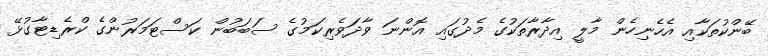
ބޭންކުތަކާއި އެހެނިހެން މާލީ އިދާރާތަކުގެ މެދުގައި އޮންނަ ވާދަވެރިކަމުގެ ސަބަބުން ކަސްޓަމަރުންގެ ކްރެޑިޓާގުޅޭ